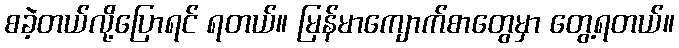
စခဲ့တယ်လို့ပြောရင် ရတယ်။ မြန်မာကျောက်စာတွေမှာ တွေ့ရတယ်။